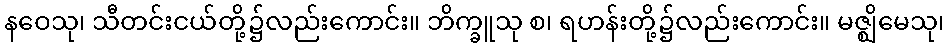
နဝေသု၊ သီတင်းငယ်တို့၌လည်းကောင်း။ ဘိက္ခူသု စ၊ ရဟန်းတို့၌လည်းကောင်း။ မဇ္ဈိမေသု၊